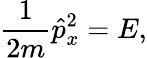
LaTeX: {\frac{1}{2m}}{\hat{p}}_{x}^{2}=E,